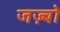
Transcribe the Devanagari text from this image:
जज़्बों